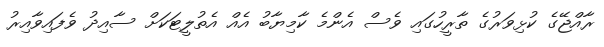
ރާއްޖޭގެ ކުޅިވަރުގެ ތާރީހުގައި ވެސް އެންމެ ކާމިޔާބު އެއް އެތުލީޓަކަށް ސާއިދު ވެފައިވާއިރު